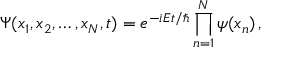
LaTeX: \Psi ( x _ { 1 } , x _ { 2 } , \ldots , x _ { N } , t ) = e ^ { - i { E t / \hbar } } \prod _ { n = 1 } ^ { N } \psi ( x _ { n } ) \, ,